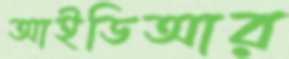
আইডিআর